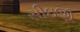
સીઇજી